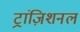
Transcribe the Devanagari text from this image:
ट्रांज़िशनल